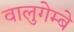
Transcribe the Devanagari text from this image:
वालुगेम्बे